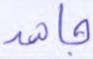
جاهد